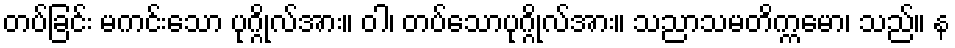
တပ်ခြင်း မကင်းသော ပုဂ္ဂိုလ်အား။ ဝါ၊ တပ်သောပုဂ္ဂိုလ်အား။ သညာသမတိက္ကမော၊ သည်။ န